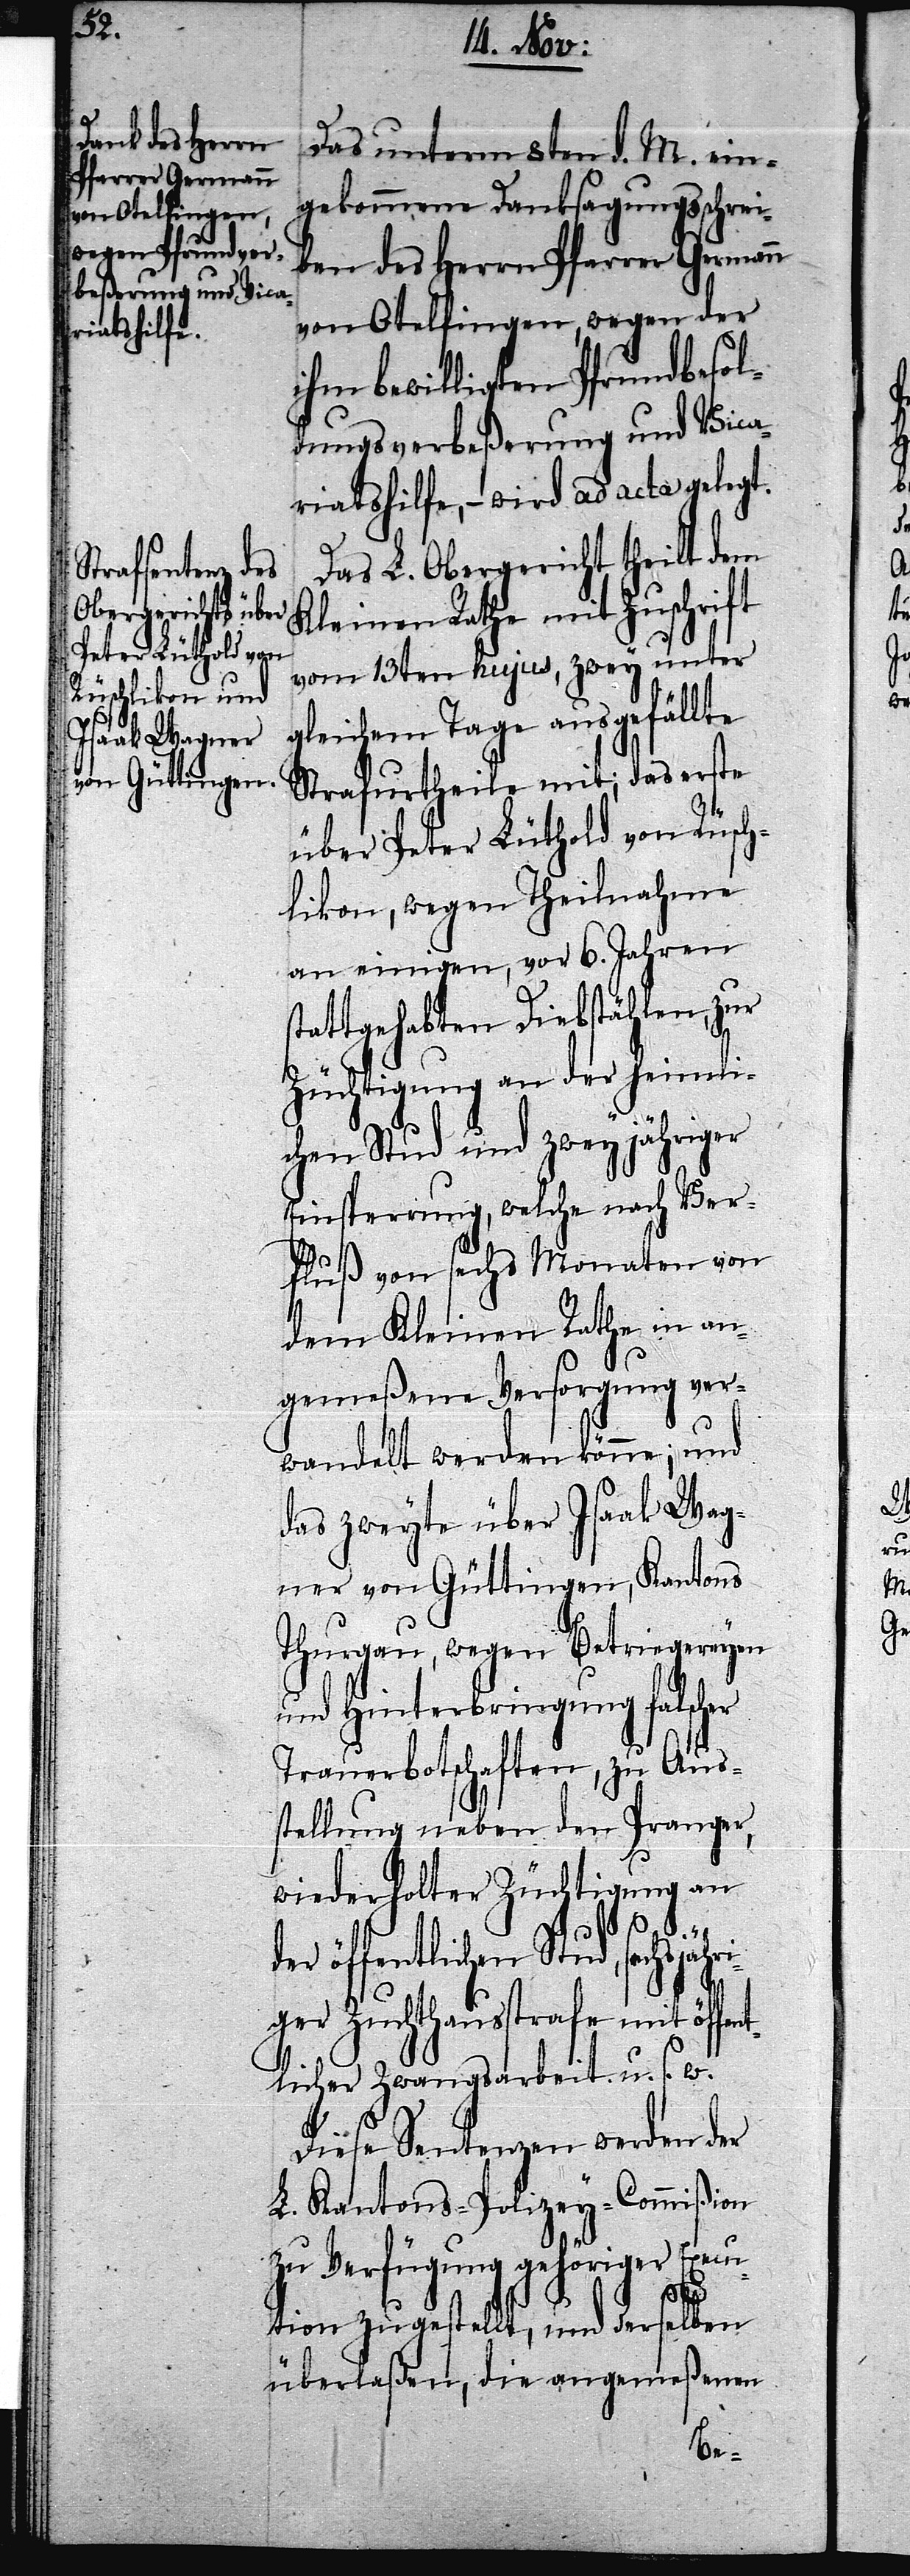
Das unterm 8ten d. M. ein¬
gekommene Danksagungsschrei¬
ben des Herrn Pfarrer Germann
von Otelfingen, wegen der
ihm bewilligten Pfrundbesol¬
dungsverbeßerung und Vica¬
riatshilfe, – wird ad acta gelegt.
Das L. Obergericht theilt dem
Kleinen Rathe mit Zuschrift
vom 13ten hujus, zwey unter
gleichem Tage ausgefällte
Strafurtheile mit; das erste
über Peter Lüthold von Rüsch¬
likon, wegen Theilnahme
an einigen, vor 6. Jahren
stattgehabten Diebstählen, zur
Züchtigung an der heimli¬
chen Stud und zweyjähriger
Einsperrung, welche nach Ver¬
fluß von sechs Monaten von
dem Kleinen Rathe in an¬
gemeßene Versorgung ver¬
wandelt werden könne; und
das zweyte über Isaak Wag¬
ner von Güttingen, Kantons
Thurgau, wegen Betriegereyen
und Hinterbringung falscher
Trauerbotschaften, zu Aus¬
stellung neben den Pranger,
widerholter Züchtigung an
der öffentlichen Stud, sechsjähri¬
ger Zuchthausstrafe mit öffen¬
tlicher Zwangsarbeit u. s. w.
Diese Sentenzen werden der
L. Kantons-Polizey-Commißion
zu Verfügung gehöriger Execu¬
tion zugestellt, und derselben
überlaßen, die angemeßenen